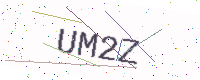
Text: UM2Z